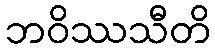
ဘဝိဿသီတိ